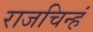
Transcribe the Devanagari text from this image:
राजचिन्हं